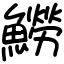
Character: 䲏